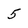
Character: 5